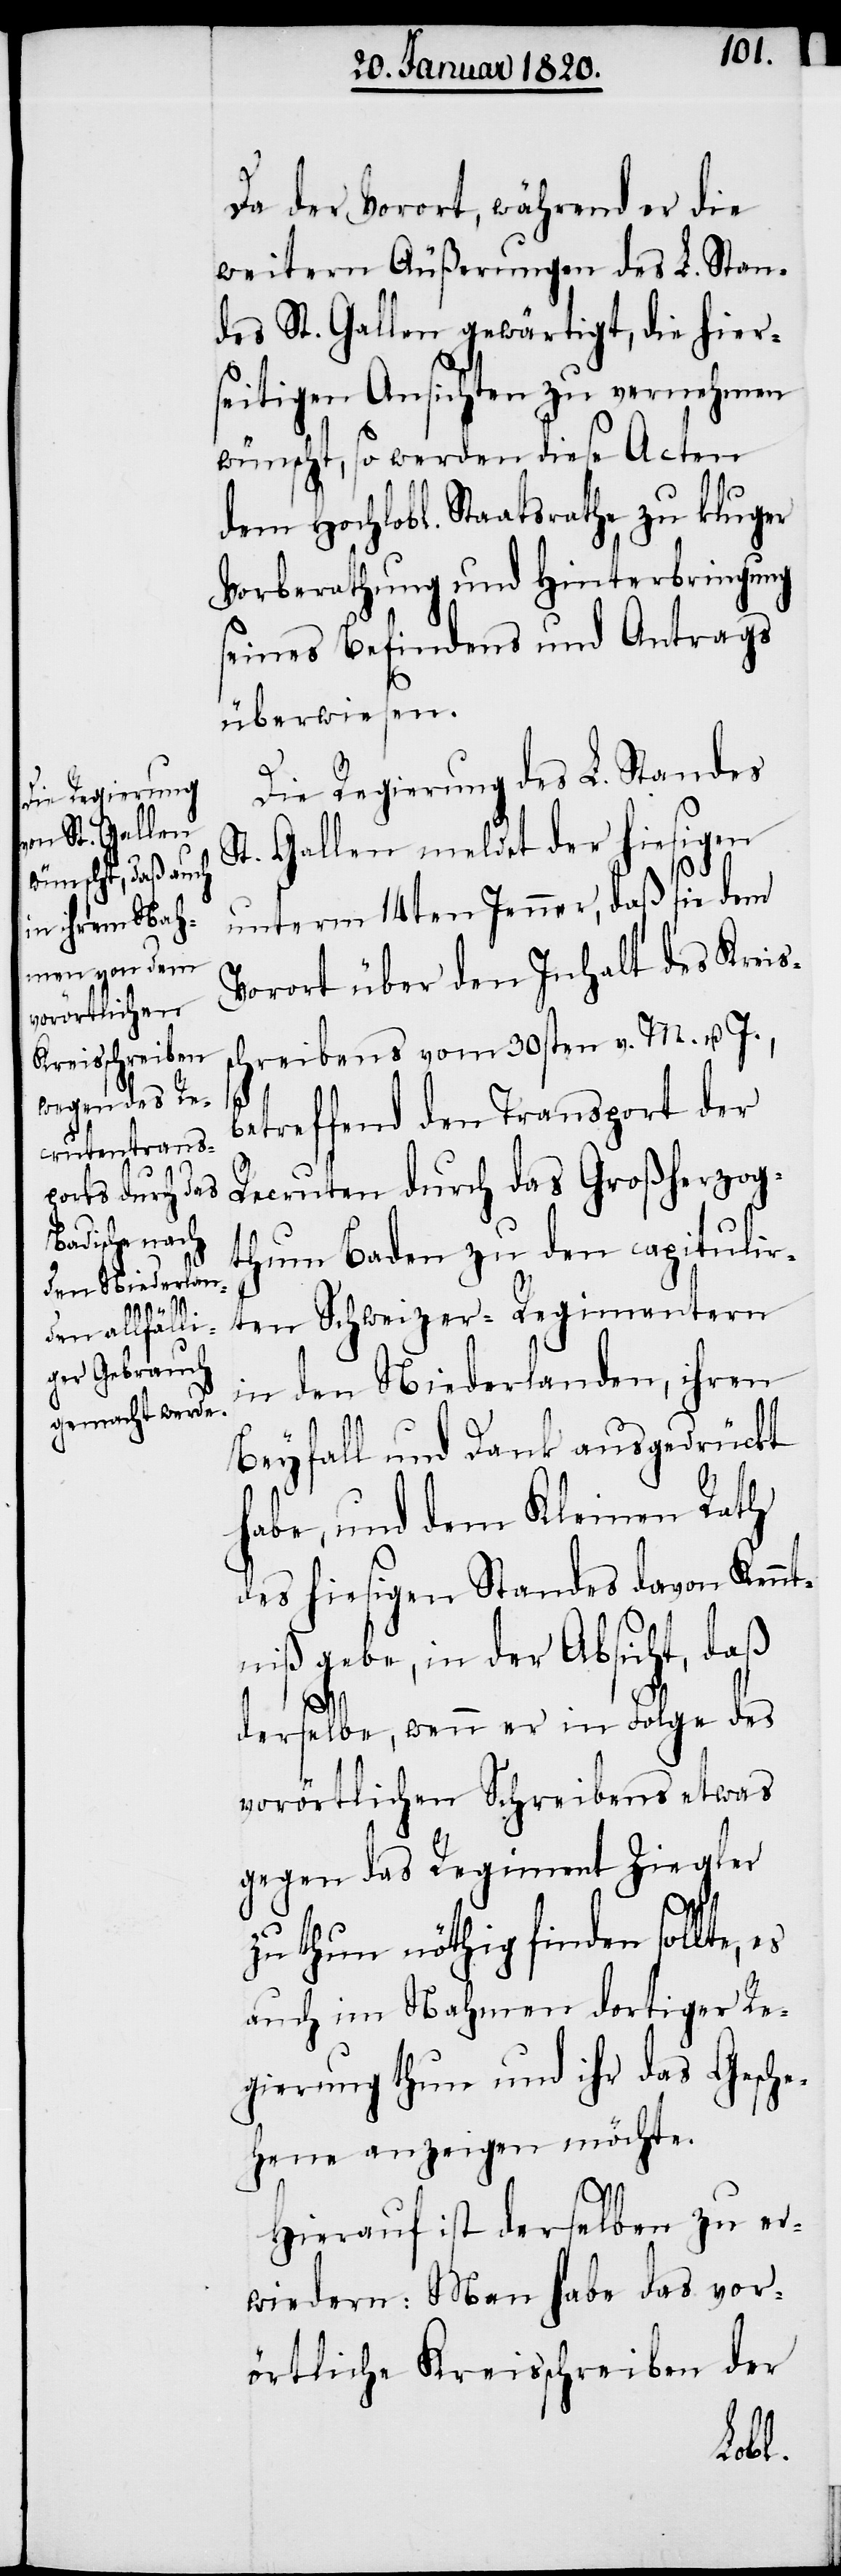
Da der Vorort, während er die
weitern Äußerungen des L. Stan¬
des St. Gallen gewärtigt, die hier¬
seitigen Ansichten zu vernehmen
wünscht, so werden diese Acten
dem Hochlobl. Staatsrathe zu kluger
Vorberathung und Hinterbringung
seines Befindens und Antrags
überwiesen.
Die Regierung des L. Standes
St. Gallen meldet der hiesigen
unterm 14ten Jenner, daß sie dem
Vorort über den Inhalt des Kreis¬
schreibens vom 30sten v. M. u. J.,
betreffend den Transport der
Recruten durch das Großherzog¬
thum Baden zu den capitulir¬
ten Schweizer-Regimentern
in den Niederlanden, ihren
Beyfall und Dank ausgedrückt
habe, und dem Kleinen Rath
des hiesigen Standes davon Kennt¬
niß gebe, in der Absicht, daß
derselbe, wenn er in Folge des
vorörtlichen Schreibens etwas
gegen das Regiment Ziegler
zu thun nöthig finden sollte,
auch im Nahmen dortiger Re¬
gierung thun und ihr das Gesche¬
hene anzeigen möchte.
Hierauf ist derselben zu er¬
wiedern: Man habe das vor¬
örtliche Kreisschreiben der